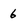
Character: 6